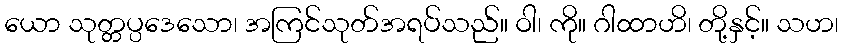
ယော သုတ္တပ္ပဒေသော၊ အကြင်သုတ်အရပ်သည်။ ဝါ၊ ကို။ ဂါထာဟိ၊ တို့နှင့်။ သဟ၊